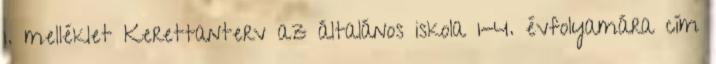
1. melléklet Kerettanterv az általános iskola 1-4. évfolyamára cím